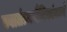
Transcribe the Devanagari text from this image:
स्वातंत्र्यसैनिकांमध्ये